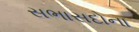
સભાસદોના